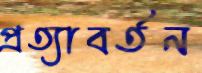
প্রত্যাবর্তন